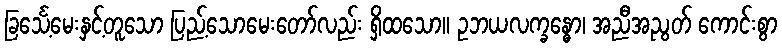
ခြင်္သေ့မေးနှင့်တူသော ပြည့်သောမေးတော်လည်း ရှိထသော။ ဥဘယလက္ခန္ဓော၊ အညီအညွတ် ကောင်းစွာ